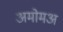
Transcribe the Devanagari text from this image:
अमोमअ